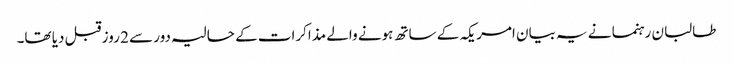
طالبان رہنما نے یہ بیان امریکہ کے ساتھ ہونے والے مذاکرات کے حالیہ دور سے 2 روز قبل دیا تھا۔